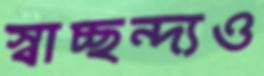
স্বাচ্ছন্দ্যও